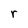
Character: r